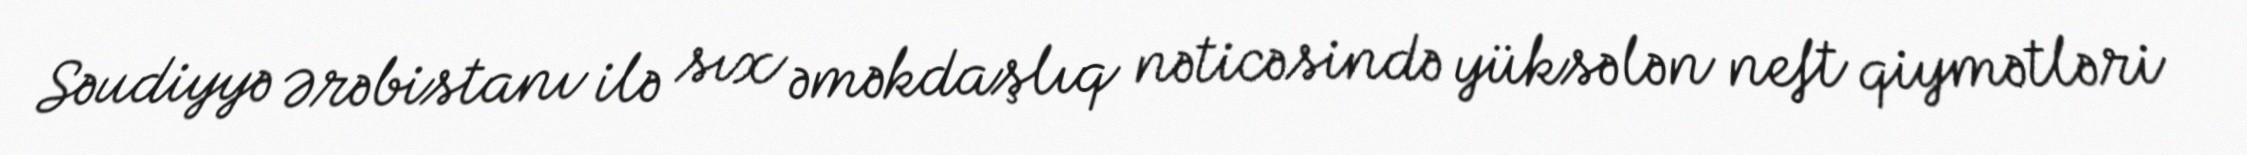
Səudiyyə Ərəbistanı ilə sıx əməkdaşlıq nəticəsində yüksələn neft qiymətləri